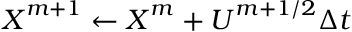
\boldsymbol X ^ { m + 1 } \gets \boldsymbol X ^ { m } + \boldsymbol U ^ { m + 1 / 2 } \Delta t